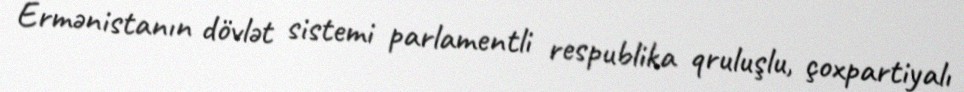
Ermənistanın dövlət sistemi parlamentli respublika qruluşlu, çoxpartiyalı